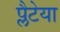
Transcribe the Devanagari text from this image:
प्लैटेया